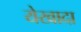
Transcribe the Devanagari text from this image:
येखादा